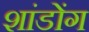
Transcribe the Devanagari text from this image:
शांडोंग